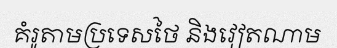
គំរូតាមប្រទេសថៃ និងវៀតណាម